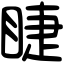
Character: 睫